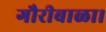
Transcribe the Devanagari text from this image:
गौरीबाळा।